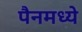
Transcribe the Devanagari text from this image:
पैनमध्ये